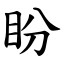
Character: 盼